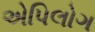
એપિલોગ